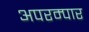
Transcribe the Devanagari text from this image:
अपरम्पार